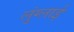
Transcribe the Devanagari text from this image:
लुंग्लाई